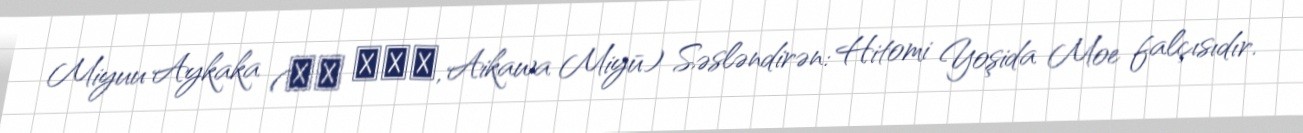
Miyuu Aykaka (相川 実優羽, Aikawa Miyū) Səsləndirən: Hitomi Yoşida Moe falçısıdır.